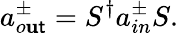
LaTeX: a_{o\mathbf{u}\mathsf{t}}^{\pm}=S^{\dagger}a_{in}^{\pm}S.